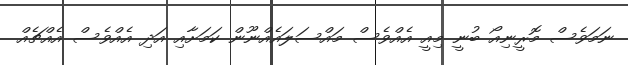
ނަމަވެސް މޮރީނިއޯ ބުނީ މިއީ އެއްވެސް މައްސަލައެއްނޫން ކަމަށާއި އަދި އެއްވެސް އެއްޗެއް